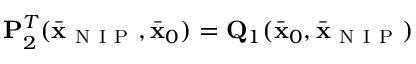
{ \bf P } _ { 2 } ^ { T } ( \bar { \bf x } _ { \mathrm { ~ N ~ I ~ P ~ } } , \bar { \bf x } _ { 0 } ) = { \bf Q } _ { 1 } ( \bar { \bf x } _ { 0 } , \bar { \bf x } _ { \mathrm { ~ N ~ I ~ P ~ } } )